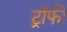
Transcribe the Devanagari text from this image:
ट्राॅफी